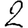
Digit: 2